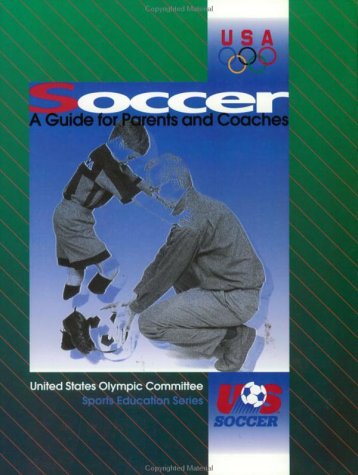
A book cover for Soccer: A Guide for Parents and Coaches; Cooper Publishing Group; Sports & Outdoors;